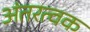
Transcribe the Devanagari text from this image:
अंतरत्वक